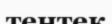
тентек